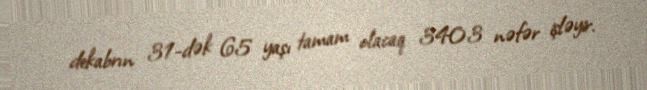
dekabrın 31-dək 65 yaşı tamam olacaq 3403 nəfər işləyir.